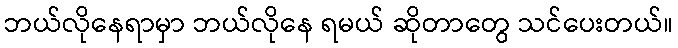
ဘယ်လိုနေရာမှာ ဘယ်လိုနေ ရမယ် ဆိုတာတွေ သင်ပေးတယ်။